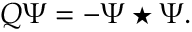
Q \Psi = - \Psi \star \Psi .